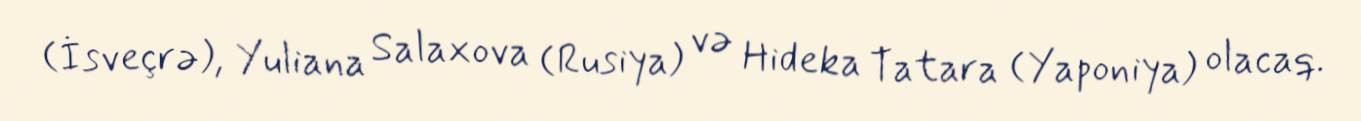
(İsveçrə), Yuliana Salaxova (Rusiya) və Hideka Tatara (Yaponiya) olacaq.